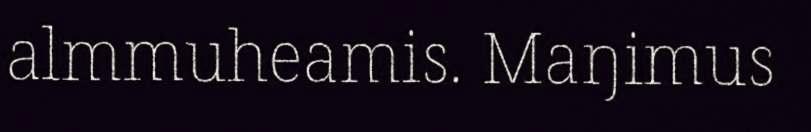
almmuheamis. Maŋimus